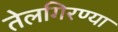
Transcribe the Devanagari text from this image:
तेलगिरण्या